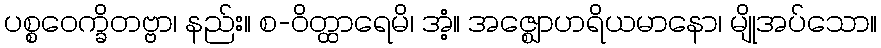
ပစ္စဝေက္ခိတဗ္ဗာ၊ နည်း။ စ-ဝိတ္ထာရေမိ၊ အံ့။ အဇ္ဈောဟရိယမာနော၊ မျိုအပ်သော။